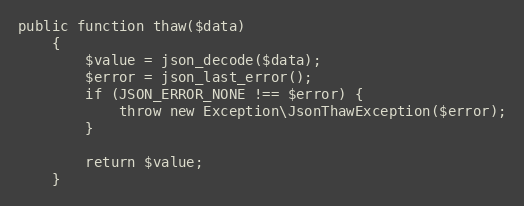
Language: PHP
public function thaw($data)
    {
        $value = json_decode($data);
        $error = json_last_error();
        if (JSON_ERROR_NONE !== $error) {
            throw new Exception\JsonThawException($error);
        }

        return $value;
    }